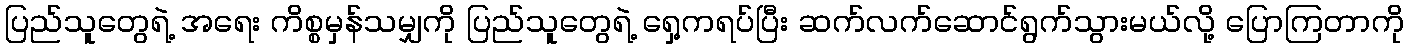
ပြည်သူတွေရဲ့ အရေး ကိစ္စမှန်သမျှကို ပြည်သူတွေရဲ့ ရှေ့ကရပ်ပြီး ဆက်လက်ဆောင်ရွက်သွားမယ်လို့ ပြောကြတာကို